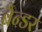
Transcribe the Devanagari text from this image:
बैन्डर